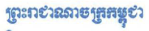
ព្រះរាជាណាចក្រកម្ពុជា